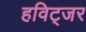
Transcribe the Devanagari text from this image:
हविट्जर